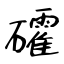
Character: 礭